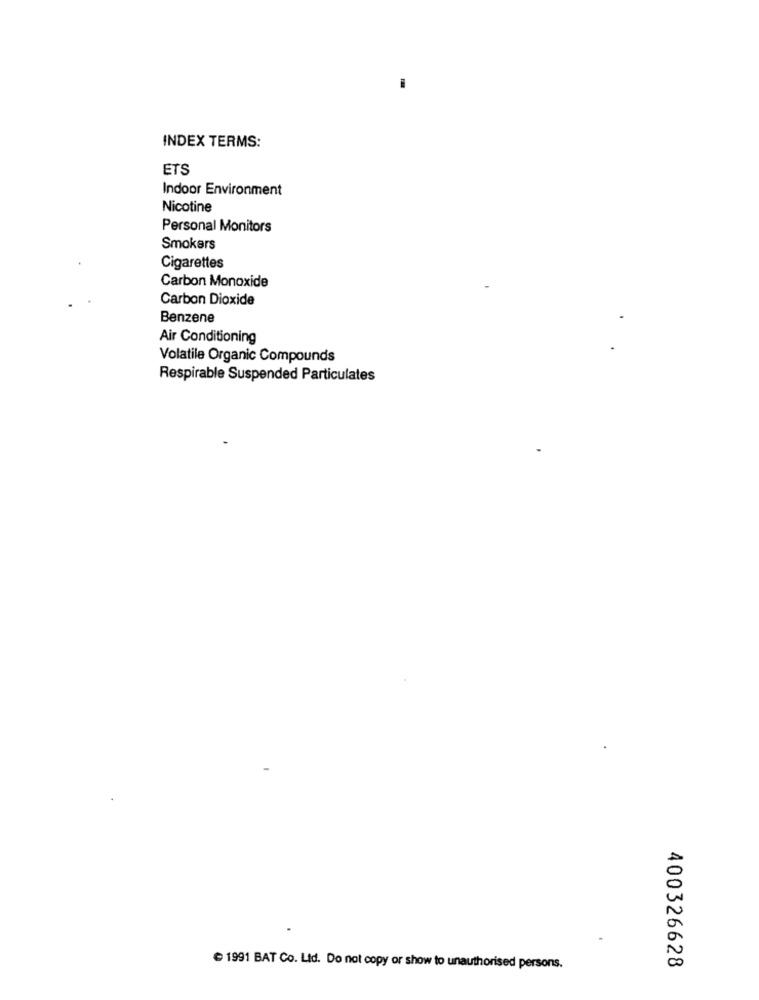
-
INDEX TERMS:
ETS
Indoor Environment
Nicotine
Personal Monitors
Smokers
Cigarettes
Carbon Monoxide
Carbon Dioxide
Benzene
Air Conditioning
Volatile Organic Compounds
Respirable Suspended Particulates
400326628
1991 BAT Co. Ltd. Do not copy or show to unauthorised persons.